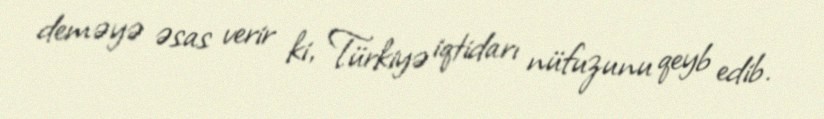
deməyə əsas verir ki, Türkiyə iqtidarı nüfuzunu qeyb edib.